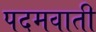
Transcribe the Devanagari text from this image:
पदमवाती